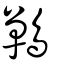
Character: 鷤